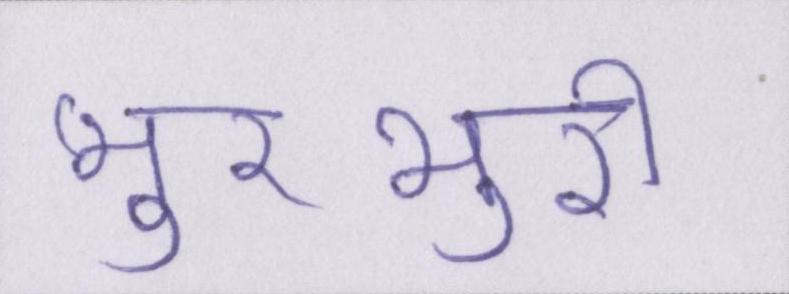
भुरभुरी